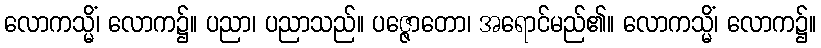
လောကသ္မိံ၊ လောက၌။ ပညာ၊ ပညာသည်။ ပဇ္ဇောတော၊ အရောင်မည်၏။ လောကသ္မိံ၊ လောက၌။